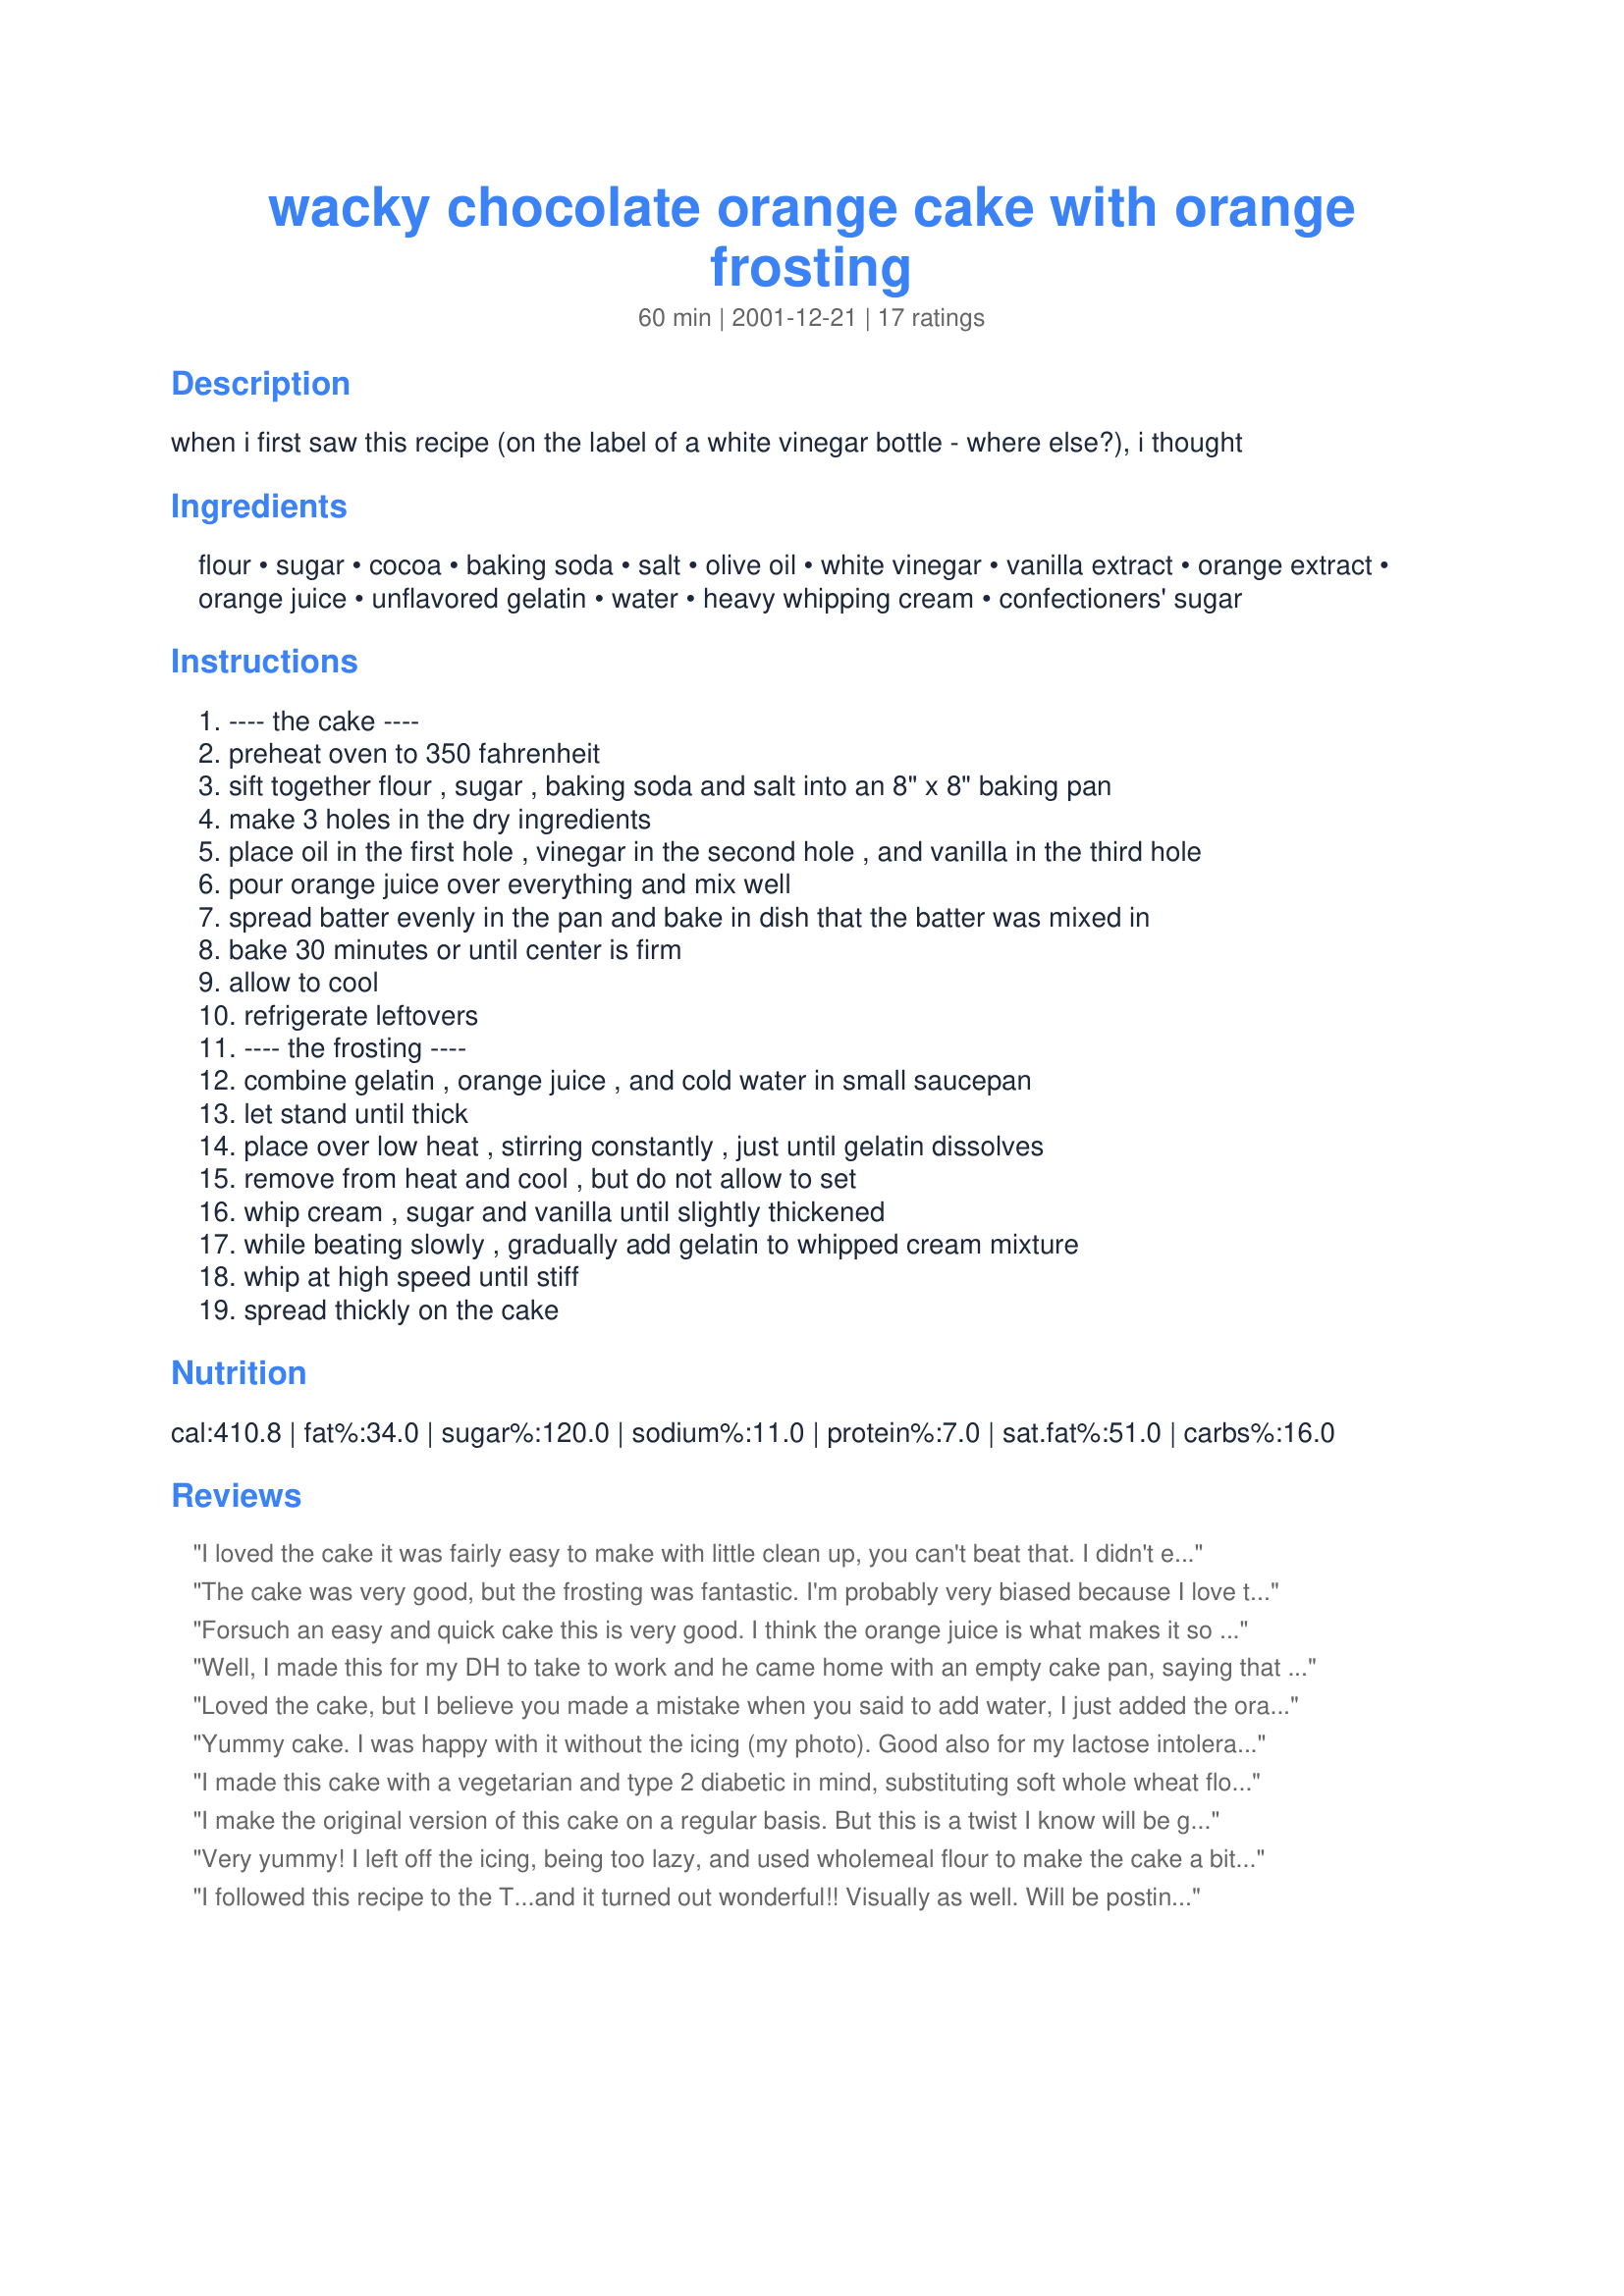
wacky chocolate orange cake with orange frosting
Preparation time: 60 minutes

when i first saw this recipe (on the label of a white vinegar bottle - where else?), i thought

Ingredients:
flour, sugar, cocoa, baking soda, salt, olive oil, white vinegar, vanilla extract, orange extract, orange juice, unflavored gelatin, water, heavy whipping cream, confectioners' sugar

Steps:
---- the cake ----
preheat oven to 350 fahrenheit
sift together flour , sugar , baking soda and salt into an 8" x 8" baking pan
make 3 holes in the dry ingredients
place oil in the first hole , vinegar in the second hole , and vanilla in the third hole
pour orange juice over everything and mix well
spread batter evenly in the pan and bake in dish that the batter was mixed in
bake 30 minutes or until center is firm
allow to cool
refrigerate leftovers
---- the frosting ----
combine gelatin , orange juice , and cold water in small saucepan
let stand until thick
place over low heat , stirring constantly , just until gelatin dissolves
remove from heat and cool , but do not allow to set
whip cream , sugar and vanilla until slightly thickened
while beating slowly , gradually add gelatin to whipped cream mixture
whip at high speed until stiff
spread thickly on the cake

Reviews:
I loved the cake it was fairly easy to make with little clean up, you can't beat that. I didn't enjoy the frosting but I think it was just me because everyone else loved it.
The cake was very good, but the frosting was fantastic. I'm probably very biased because I love the original Wacky Cake, which I make regularly. I will most likely use the frosting on other cakes.

Forsuch an easy and quick cake this is very good. I think the orange juice is what makes it so much better than the original wacky cake (never liked it). Frosting is excellent, easy to make and light and can certainly be used on other cakes. Highly recommend this frosting if, like us, you do not like a heavy sugary topping.
Well, I made this for my DH to take to work and he came home with an empty cake pan, saying that people were asking for the recipe! It was a definite hit! Just so easy and such a crowd pleaser. I added some fresh orange zest and some freshly grated chocolate on the top of the frosting, which made it look even prettier. Thanks for posting!
Loved the cake, but I believe you made a mistake when you said to add water, I just added the orange juice and found it sufficient. Also I made a butter cream frosting instead and added orange juice and orange extract to it. Thank you for enhancing my days...made it twice already!!!!
Yummy cake. I was happy with it without the icing (my photo). Good also for my lactose intolerant friend!
I made this cake with a vegetarian and type 2 diabetic in mind, substituting soft whole wheat flour for the white flour and 3/4 cup fructose for the sugar. I also increased the cocoa to 4 tablespoons. Because of the gelatin in the frosting, I substituted a simple orange/chocolate ganache which worked well. I made it by grating about 1 teaspoon of orange zest into 1/2 cup of whipping cream, heated it till steaming, and poured over 6 ounces of finely chopped semi sweet chocolate. Stir until the chocolate has melted, and mixture thickens. Pour over the cooled cake. Including the orange flavour makes a more interesting variation than the original Wacky cake.
I make the original version of this cake on a regular basis. But this is a twist I know will be great- orange & chocolate yum! Something different & ever so fast.
Very yummy! I left off the icing, being too lazy, and used wholemeal flour to make the cake a bit healthier. This was really easy and the best part for me is that it didn't require any beating - which is always annoying when you want to make a cake quickly. Thanks for the new cake recipe!
I followed this recipe to the T...and it turned out wonderful!! Visually as well. Will be posting a picture of the end product. I hope it entices you to try it too. :)
Yum yum yum! I've made this twice in 24 hours -- once with the orange juice and once without. I also halved the recipe, used half whole-wheat flour, and added twice the suggested amounts of sugar and cocoa (:o). I also swirled in a cheesecake topping the second time around. Versitile and delicicous --this is really good stuff.
This is a great variation of the wacky cake I've made for years. The frostng is tasty and delicate. I sprinkled some shaved chocolate over the top and didn't change anything else. I miss you Miller.
I have been using this recipe for years and it it a favorite for sure! My recipe for Recipe #218589 goes very well with this cake. It is sweet, but not overly sweet, and it is a great frosting for designs. After my cake is frosted, I often take the tip of a rounded knife and press down on the frosting and then pull away and it makes picks all over the top of the cake. Very pretty, especially with chopped nuts, sprinkles, Jimmys, or anything else you might want to add on top.
This is a very good fluffy moist cake. I made it with peach five alive, which basically tastes like orange juice anyway. I also decreased the sugar to a little less than 3/4 cup and decreased the oil to 1/8 cup + 1/8 cup water. This still left me with a delicious cake. Thanks for the recipe!
Delicious. I've been making wacky cake for years, but I have never used orange juice for the liquid. It gives the cake a nice subtle orange flavor. Instead of frosting the cake, I always sprinkle chocolate chips over the top before baking.
I made this with some orange zest and shavings from a hershey bar on the top~ It's so easy to make and I don't have to worry about cleaning up afterwards :)
Thanks for sharing~!
Very nice cake. I had to toss the frosting though. Everything was going fine until suddenly the cream was starting to separate into a cottage cheese type of substance rather than continue to stiffen. I believe I followed the instructions as written (I'm kind of OCD in the kitchen... and only in the kitchen), but perhaps I'm wrong. It was my first time making a frosting with gelatin. I ended up just whipping up 3 parts heavy cream with 1 part powdered sugar and added vanilla and orange extracts to taste. Spread it on the cake and dusted the whole thing with cocoa powder, confectioners sugar, and a little orange zest. Quite enjoyable. Vinegar, who knew?
